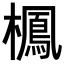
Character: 𣝲